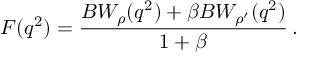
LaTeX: F ( q ^ { 2 } ) = \frac { B W _ { \rho } ( q ^ { 2 } ) + \beta B W _ { \rho ^ { \prime } } ( q ^ { 2 } ) } { 1 + \beta } \, .